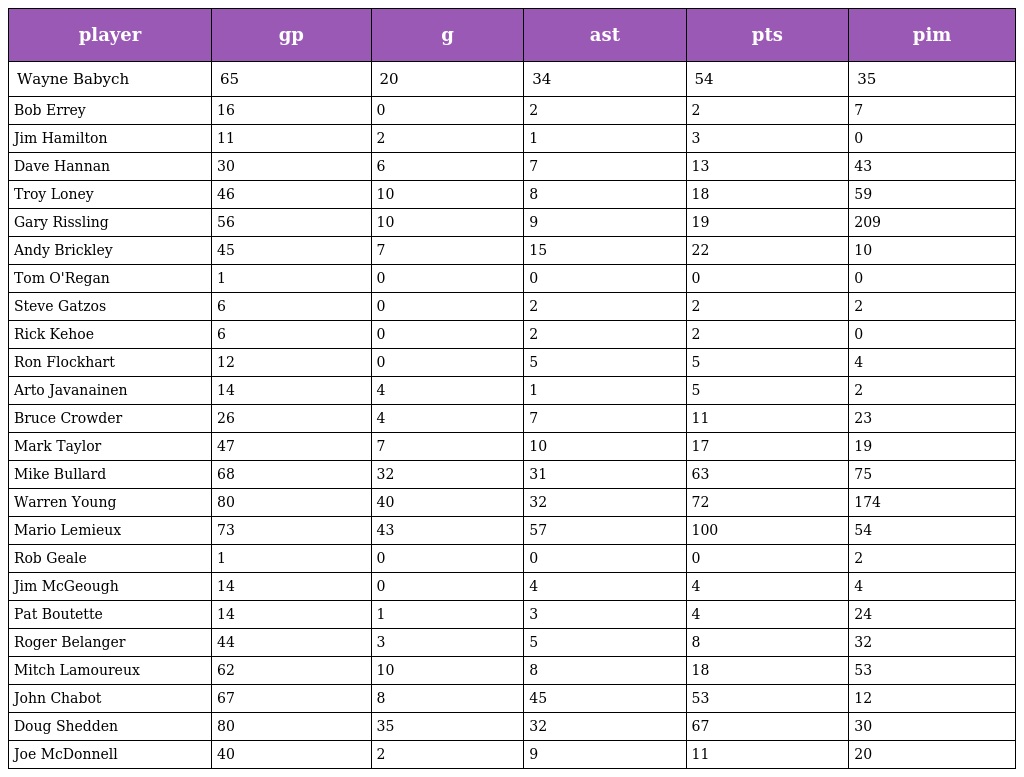
| player | gp | g | ast | pts | pim |
 | --- | --- | --- | --- | --- | --- |
 | Wayne Babych | 65 | 20 | 34 | 54 | 35 |
 | Bob Errey | 16 | 0 | 2 | 2 | 7 |
 | Jim Hamilton | 11 | 2 | 1 | 3 | 0 |
 | Dave Hannan | 30 | 6 | 7 | 13 | 43 |
 | Troy Loney | 46 | 10 | 8 | 18 | 59 |
 | Gary Rissling | 56 | 10 | 9 | 19 | 209 |
 | Andy Brickley | 45 | 7 | 15 | 22 | 10 |
 | Tom O'Regan | 1 | 0 | 0 | 0 | 0 |
 | Steve Gatzos | 6 | 0 | 2 | 2 | 2 |
 | Rick Kehoe | 6 | 0 | 2 | 2 | 0 |
 | Ron Flockhart | 12 | 0 | 5 | 5 | 4 |
 | Arto Javanainen | 14 | 4 | 1 | 5 | 2 |
 | Bruce Crowder | 26 | 4 | 7 | 11 | 23 |
 | Mark Taylor | 47 | 7 | 10 | 17 | 19 |
 | Mike Bullard | 68 | 32 | 31 | 63 | 75 |
 | Warren Young | 80 | 40 | 32 | 72 | 174 |
 | Mario Lemieux | 73 | 43 | 57 | 100 | 54 |
 | Rob Geale | 1 | 0 | 0 | 0 | 2 |
 | Jim McGeough | 14 | 0 | 4 | 4 | 4 |
 | Pat Boutette | 14 | 1 | 3 | 4 | 24 |
 | Roger Belanger | 44 | 3 | 5 | 8 | 32 |
 | Mitch Lamoureux | 62 | 10 | 8 | 18 | 53 |
 | John Chabot | 67 | 8 | 45 | 53 | 12 |
 | Doug Shedden | 80 | 35 | 32 | 67 | 30 |
 | Joe McDonnell | 40 | 2 | 9 | 11 | 20 |